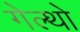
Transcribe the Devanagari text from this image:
गेल्थो